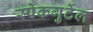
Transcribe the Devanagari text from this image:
स्पेकगुर्टेल